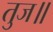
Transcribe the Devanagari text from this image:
तुज॥